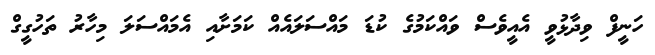
ހަނީފް ވިދާޅުވީ އެއީވެސް ވައްކަމުގެ ކުޑަ މައްސަލައެއް ކަމަށާއި އެމައްސަލަ މިހާރު ތަހުގީގް